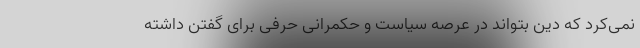
نمی‌کرد که دین بتواند در عرصه سیاست و حکمرانی حرفی برای گفتن داشته